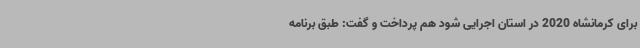
برای کرمانشاه 2020 در استان اجرایی شود هم پرداخت و گفت: طبق برنامه